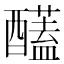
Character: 𮡈